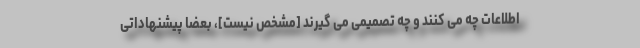
اطلاعات چه می کنند و چه تصمیمی می گیرند [مشخص نیست]، بعضا پیشنهاداتی